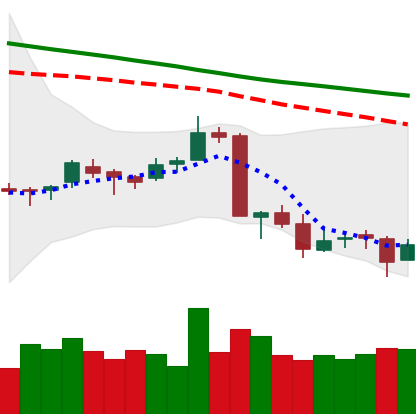
Ticker: ETC-USD
Chart end date: 2018-09-13
Forward return: -4.814%
Label: down_3_5